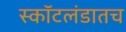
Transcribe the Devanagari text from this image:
स्कॉटलंडातच